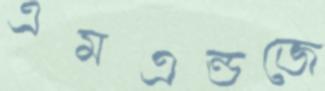
এমএন্ডজে